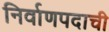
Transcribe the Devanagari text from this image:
निर्वाणपदाची